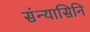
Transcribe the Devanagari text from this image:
संन्यासिनि